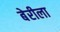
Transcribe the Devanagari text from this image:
बेरीला